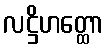
လဋ္ဌိဟတ္ထော